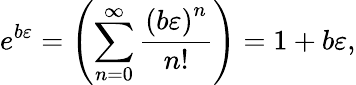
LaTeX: e^{b\varepsilon}=\left(\sum_{n=0}^{\infty}{\frac{\left(b\varepsilon\right)^{n}}{n!}}\right)=1+b\varepsilon,